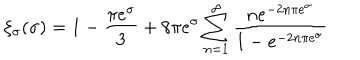
LaTeX: \xi _ { \sigma } ( \sigma ) = 1 - \frac { \pi e ^ { \sigma } } { 3 } + 8 \pi e ^ { \sigma } \sum _ { n = 1 } ^ { \infty } \frac { n e ^ { - 2 n \pi e ^ { \sigma } } } { 1 - e ^ { - 2 n \pi e ^ { \sigma } } }